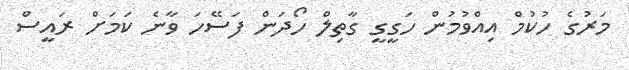
މަރުގެ ހުކުމް އިއްވުމުން ހަގީގީ ގާތިލް ހޯދަން ފަސޭހަ ވާނެ ކަމަށް ރައީސް